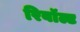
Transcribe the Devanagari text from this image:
रिबॉल्ट